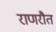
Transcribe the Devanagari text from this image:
राणरौत